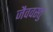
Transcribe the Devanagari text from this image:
जैववस्तु